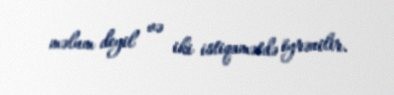
məlum deyil və iki istiqamətdə öyrənilir.